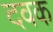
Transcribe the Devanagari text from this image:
दवक